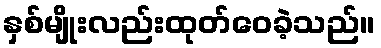
နှစ်မျိုးလည်းထုတ်ဝေခဲ့သည်။